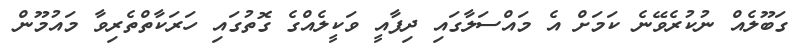
ގަބޫލެއް ނުކުރެވޭނެ ކަމަށް އެ މައްސަލާގައި ދިފާއީ ވަކީލެއްގެ ގޮތުގައި ހަރަކާތްތެރިވާ މައުމޫން